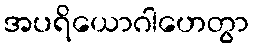
အပရိယောဂါဟေတွာ